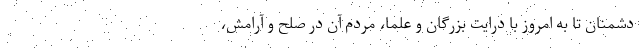
دشمنان تا به امروز با درایت بزرگان و علما، مردم آن در صلح و آرامش،